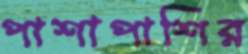
পাশাপাশির